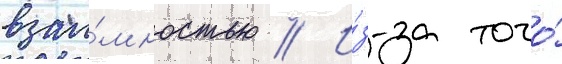
взаи́мностью // И́з-за того́